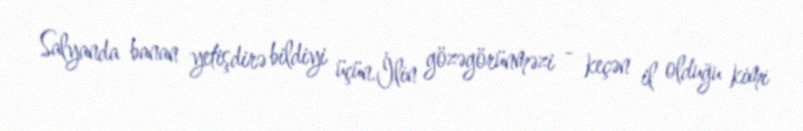
Salyanda banan yetişdirə bildiyi üçün.İlin gözəgörünməzi - keçən il olduğu kimi